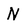
Character: N